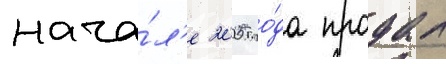
нача́л'е 2005 го́да продал